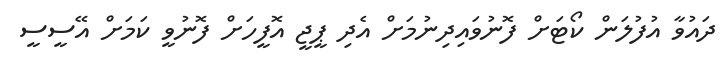
ދައުވާ އުފުލަން ކޯޓަށް ފޮނުވައިދިނުމަށް އެދި ޕީޖީ އޮފީހަށް ފޮނުވީ ކަމަށް އޭސީސީ